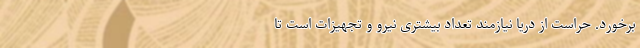
برخورد. حراست از دریا نیازمند تعداد بیشتری نیرو و تجهیزات است تا